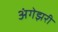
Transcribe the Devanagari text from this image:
अंगेझरी